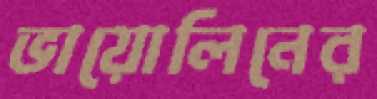
ভায়োলিনের